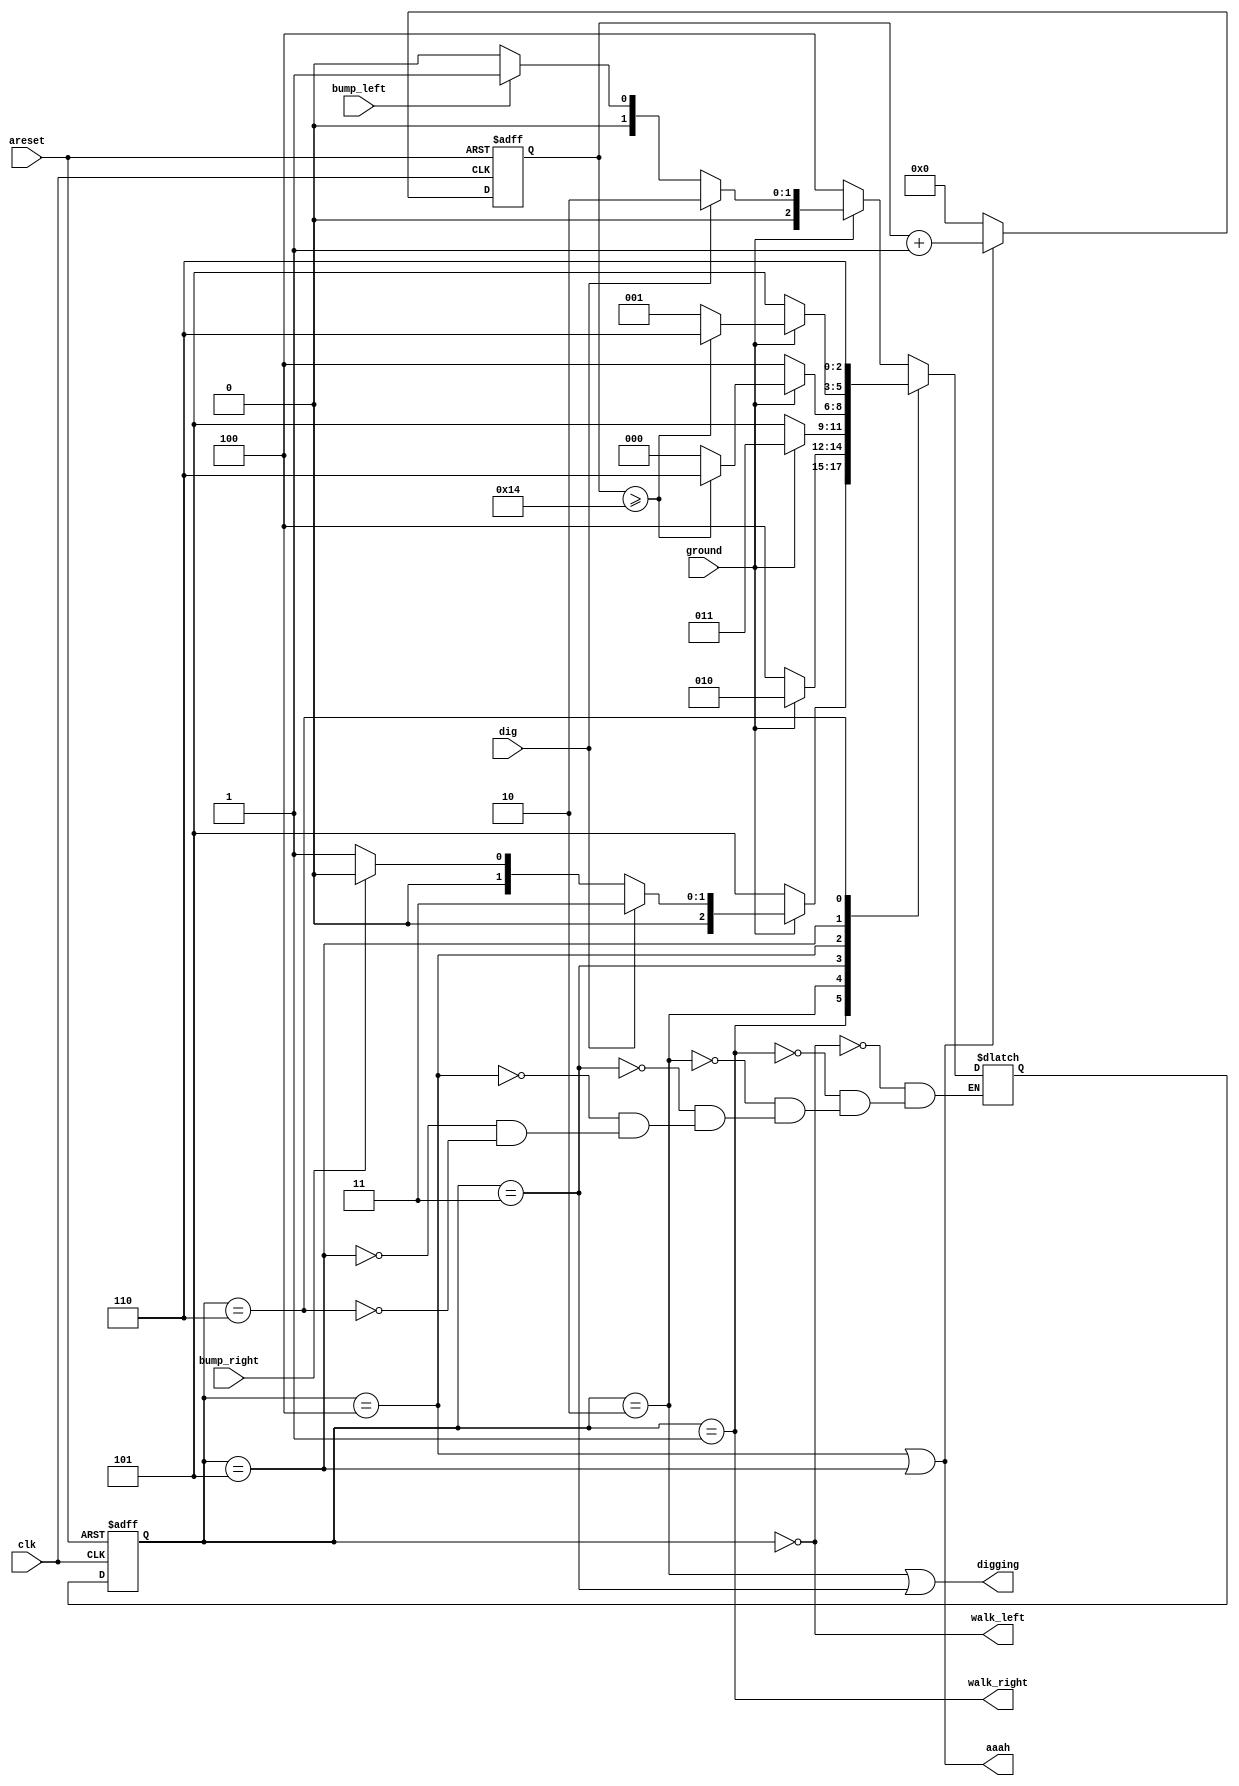
module top_module(
    input clk,
    input areset,    // Freshly brainwashed Lemmings walk left.
    input bump_left,
    input bump_right,
    input ground,
    input dig,
    output walk_left,
    output walk_right,
    output aaah,
    output digging
); 

parameter LEFT = 3'd0, RIGHT = 3'd1, DIGL = 3'd2, DIGR = 3'd3, FALLL = 3'd4, FALLR = 3'd5, DIE = 3'd6;

reg [2:0] state, nxt_state;

reg  [15:0] cnt;
wire [15:0] cnt_nxt = cnt + 1'b1;

always @(posedge clk, posedge areset) begin
    if (areset) cnt <= 16'b0;
    else if (state == FALLL | state == FALLR) cnt <= cnt_nxt;
    else cnt <= 16'b0;    
end

always @ (*) begin
    case (state)
        LEFT  : nxt_state = ~ground ? FALLL : (dig ? DIGL : (bump_left ? RIGHT : LEFT));
        RIGHT : nxt_state = ~ground ? FALLR : (dig ? DIGR : (bump_right ? LEFT : RIGHT));
        DIGL  : nxt_state = ~ground ? FALLL : DIGL;
        DIGR  : nxt_state = ~ground ? FALLR : DIGR;
        FALLL : nxt_state = ground ? (cnt >= 16'd20 ? DIE : LEFT) : FALLL;
        FALLR : nxt_state = ground ? (cnt >= 16'd20 ? DIE : RIGHT): FALLR;
        DIE   : nxt_state = DIE;
    endcase
end

always @(posedge clk, posedge areset) begin
   if (areset) state <= LEFT;
   else state <= nxt_state;
end

assign walk_left  = state == LEFT;
assign walk_right = state == RIGHT;
assign aaah       = (state == FALLL) | (state == FALLR);
assign digging    = (state == DIGL) | (state == DIGR);

endmodule